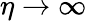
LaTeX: \eta\rightarrow\infty